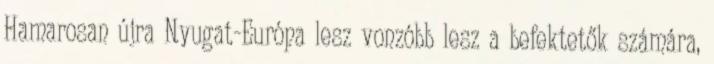
Hamarosan újra Nyugat-Európa lesz vonzóbb lesz a befektetők számára,